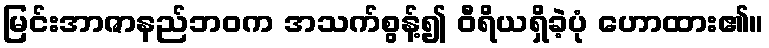
မြင်းအာဇာနည်ဘဝက အသက်စွန့်၍ ဝီရိယရှိခဲ့ပုံ ဟောထား၏။